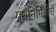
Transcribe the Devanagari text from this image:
ग्रंथनिर्मितीचे